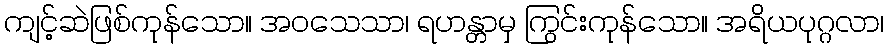
ကျင့်ဆဲဖြစ်ကုန်သော။ အဝသေသာ၊ ရဟန္တာမှ ကြွင်းကုန်သော။ အရိယပုဂ္ဂလာ၊